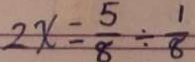
2 x = \frac { 5 } { 8 } \div \frac { 1 } { 8 }